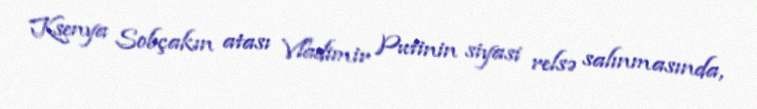
Ksenya Sobçakın atası Vladimir Putinin siyasi relsə salınmasında,